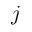
j